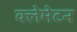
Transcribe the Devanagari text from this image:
क्लेमेटन